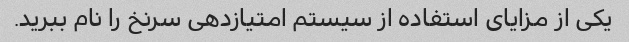
یکی از مزایای استفاده از سیستم امتیازدهی سرنخ را نام ببرید.